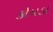
કોયડા